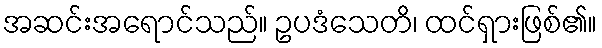
အဆင်းအရောင်သည်။ ဥပဒံသေတိ၊ ထင်ရှားဖြစ်၏။